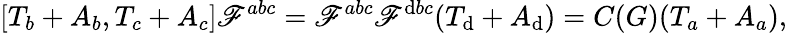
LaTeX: [T_{b}+A_{b},T_{c}+A_{c}]\mathscr{F}^{abc}=\mathscr{F}^{abc}\mathscr{F}^{\mathrm{d}bc}(T_{\mathrm{d}}+A_{\mathrm{d}})=C(G)(T_{a}+A_{a}),